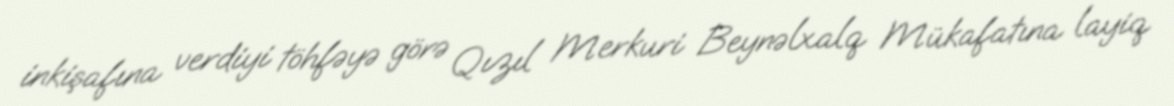
inkişafına verdiyi töhfəyə görə Qızıl Merkuri Beynəlxalq Mükafatına layiq